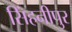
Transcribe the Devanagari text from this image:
सिंहनीपुर